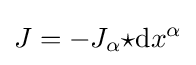
J=-J_{\alpha }{\star }\mathrm {d} x^{\alpha }